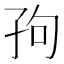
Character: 𫲢